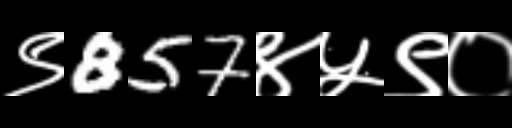
Text: ९857४५९०